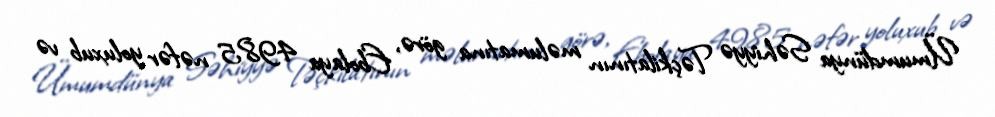
Ümumdünya Səhiyyə Təçkilatının məlumatına görə, Ebolaya 4985 nəfər yoluxub və